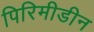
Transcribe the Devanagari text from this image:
पिरिमीडीन